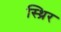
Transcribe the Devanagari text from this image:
स्थ्रिर